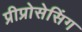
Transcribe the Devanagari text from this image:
प्रीप्रोसेसिंग